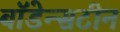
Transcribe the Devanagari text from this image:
बॉडेन्सटीन